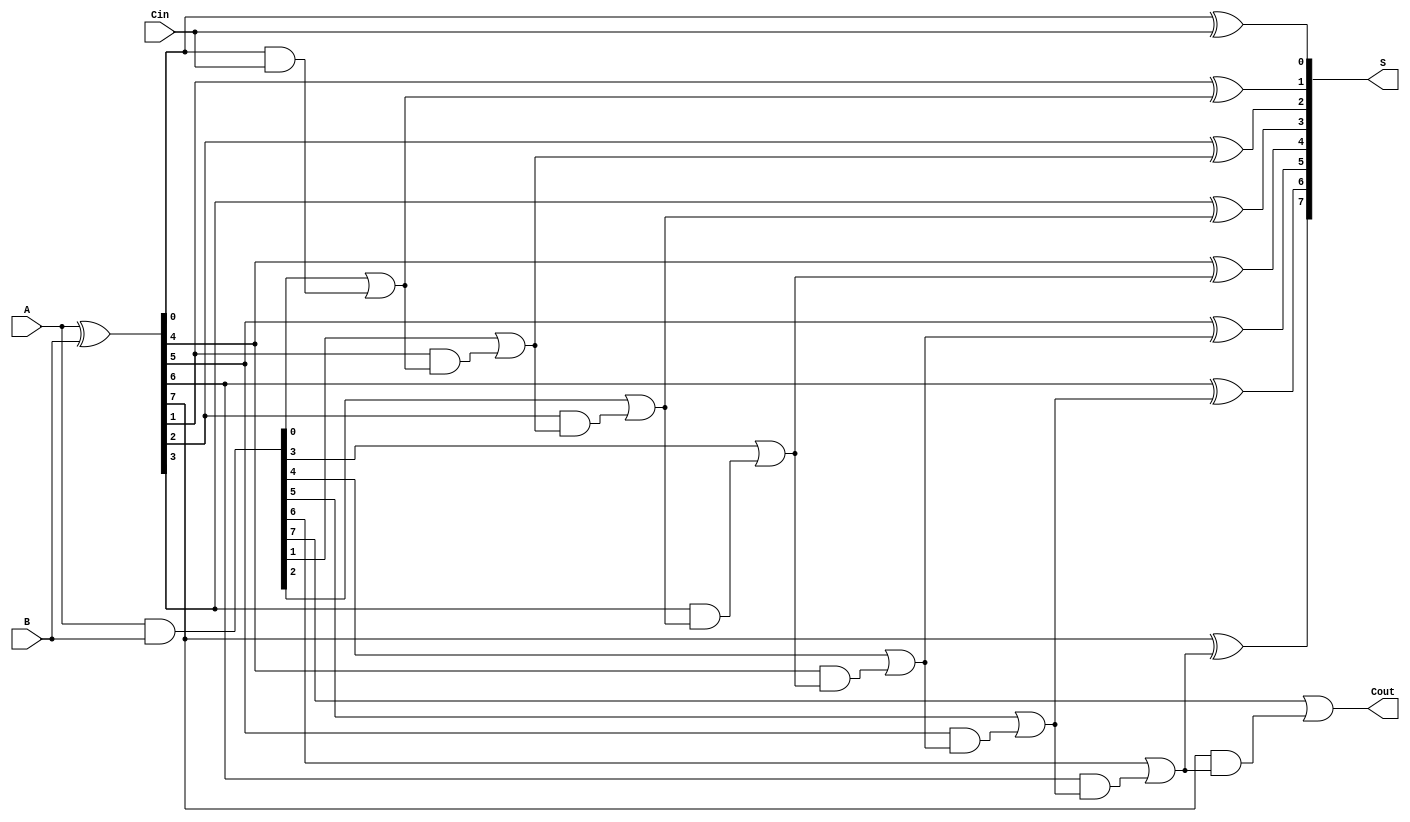
module ManchesterCarryChainAdder #(parameter N = 8) (
    input  wire [N-1:0] A,    // First n-bit input
    input  wire [N-1:0] B,    // Second n-bit input
    input  wire Cin,           // Carry-in
    output wire [N-1:0] S,     // n-bit sum output
    output wire Cout           // Carry-out
);

    wire [N-1:0] C;           // Carry signals
    wire [N-1:0] P;           // Generate signals (A xor B)
    wire [N-1:0] G;           // Propagate signals (A and B)

    // Generate and Propagate Signals
    assign P = A ^ B;         // Propagate
    assign G = A & B;         // Generate

    // Carry Generation
    genvar i;
    generate
        for (i = 0; i < N; i = i + 1) begin: carry_chain
            if (i == 0) begin
                assign C[i] = G[i] | (P[i] & Cin); // First carry
            end else begin
                assign C[i] = G[i] | (P[i] & C[i-1]); // Subsequent carries
            end
        end
    endgenerate

    // Sum Calculation
    generate
        for (i = 0; i < N; i = i + 1) begin: sum_calc
            assign S[i] = P[i] ^ (i == 0 ? Cin : C[i-1]); // Sum calculation
        end
    endgenerate

    // Final Carry Out
    assign Cout = C[N-1];

endmodule